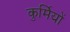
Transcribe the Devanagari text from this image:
कुर्मियों